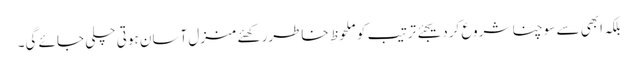
بلکہ ابھی سے سوچنا شروع کردیجئے ترتیب کو ملحوظ ِ خاطررکھئے منزل آسان ہوتی چلی جائے گی۔